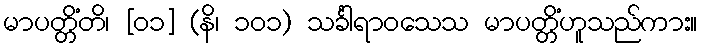
မာပတ္တိံတိ၊ [၀၁] (နိ၊ ၁၀၁) သင်္ခါရာဝသေသ မာပတ္တိံဟူသည်ကား။